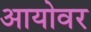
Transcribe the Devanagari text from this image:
आयोवर